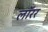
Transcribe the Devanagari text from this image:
लॉरर